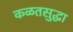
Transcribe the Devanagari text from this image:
कळतसुद्धा